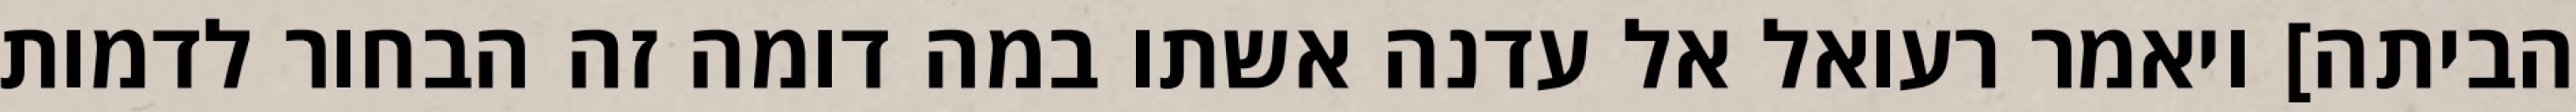
הביתה] ויאמר רעואל אל עדנה אשתו במה דומה זה הבחור לדמות